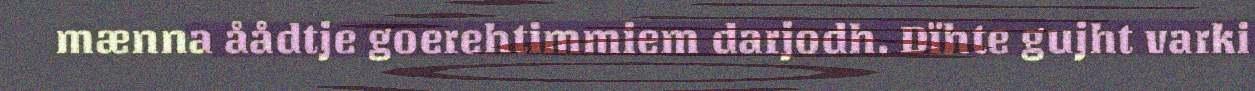
mænna åådtje goerehtimmiem darjodh. Dïhte gujht varki